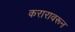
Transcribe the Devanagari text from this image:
करारावरून